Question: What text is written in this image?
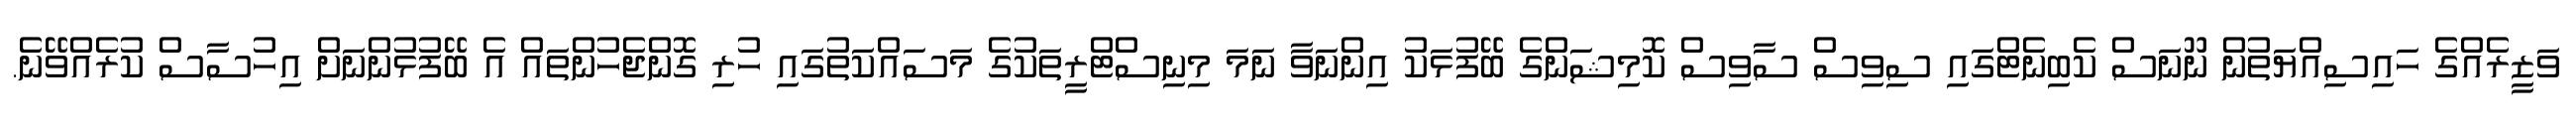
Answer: ވަޒީރެއްގެ ހައިސިއްޔަތުން ނޫނަސް ކެބިނެޓްގައި ސިވިސް ސާވިސް ކޮމިޝަންގެ ބޭފުޅަކު އިންނަވާ ނަމަ މިނިސްޓްރީތަކުގެ މަސައްކަތުގައި ހުރި ގޮންޖެހުންތައް އެ ބޭފުޅުންނަށް އިހުސާސް ކުރެއްވޭނެ.